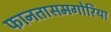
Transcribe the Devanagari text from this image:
फानतासमगोरिया